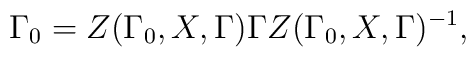
\Gamma _{0}=Z(\Gamma _{0},X,\Gamma )\Gamma Z(\Gamma _{0},X,\Gamma )^{-1},